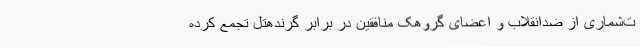
ت‌شماری از ضدانقلاب و اعضای گروهک منافقین در برابر گرندهتل تجمع کرده